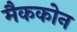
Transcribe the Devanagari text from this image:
मैककोन